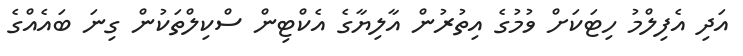
އަދި އެފިލްމު ހިޓަކަށް ވުމުގެ އިތުރުން އާލިޔާގެ އެކްޓިން ސްކިލްތަކުން ގިނަ ބައެއްގެ